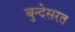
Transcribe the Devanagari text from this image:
बुन्देसरत